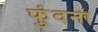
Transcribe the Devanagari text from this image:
फुंदना